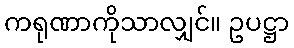
ကရုဏာကိုသာလျှင်။ ဥပဋ္ဌာ